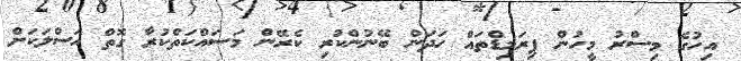
އިހުގެ މިސްރު މީހުން ޕިރަމިޑްތައް ހަދަން ބޭނުންކުރި ކެރޭން މަސައްކަތްކުރާ ގޮތް އަސްލަކަށް